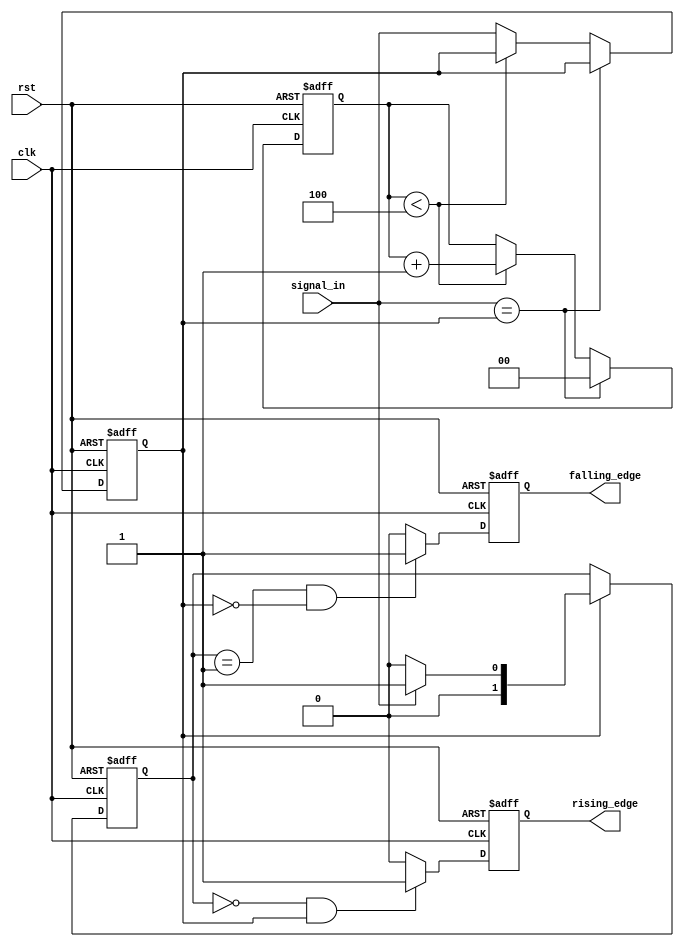
module debounced_edge_detector (
    input wire clk,              // Clock signal
    input wire rst,              // Asynchronous reset
    input wire signal_in,        // Noisy input signal
    output reg rising_edge,      // Rising edge output
    output reg falling_edge      // Falling edge output
);

    parameter DEBOUNCE_COUNTER_LIMIT = 4; // Adjust this value for debounce time
    reg [1:0] state;                 // Current state (0: stable low, 1: stable high)
    reg [1:0] prev_state;            // Previous stable state
    reg [1:0] debounce_counter;      // Counter for debouncing
    reg signal_stable;               // Indicates if the signal is stable

    // State encoding
    localparam STABLE_LOW = 2'b00;
    localparam STABLE_HIGH = 2'b01;

    // Debounce logic
    always @(posedge clk or posedge rst) begin
        if (rst) begin
            // Initialize/reset state and output signals
            state <= STABLE_LOW;
            prev_state <= STABLE_LOW;
            debounce_counter <= 0;
            signal_stable <= 0;
            rising_edge <= 0;
            falling_edge <= 0;
        end else begin
            // Debounce counter logic
            if (signal_in == signal_stable) begin
                debounce_counter <= 0; // Reset counter if signal is stable
            end else begin
                if (debounce_counter < DEBOUNCE_COUNTER_LIMIT) begin
                    debounce_counter <= debounce_counter + 1; // Increment counter
                end else begin
                    signal_stable <= signal_in; // Update stable signal
                end
            end

            // Update state if signal is stable for a specified time
            if (signal_stable) begin
                state <= (signal_in) ? STABLE_HIGH : STABLE_LOW;
            end

            // Edge detection logic
            rising_edge <= (state == STABLE_LOW && signal_stable) ? 1 : 0;
            falling_edge <= (state == STABLE_HIGH && ~signal_stable) ? 1 : 0;

            // Update previous state
            prev_state <= state;
        end
    end
endmodule